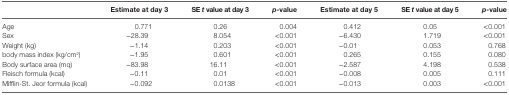
<table><thead><tr><td></td><td><b>Estimate at day 3</b></td><td><b>SE<i>t</i> value at day 3</b></td><td><b><i>p</i>-value</b></td><td><b>Estimate at day 5</b></td><td><b>SE <i>t</i> value at day 5</b></td><td><b><i>p</i>-value</b></td></tr></thead><tbody><tr><td>Age</td><td>0.771</td><td>0.26</td><td>0.004</td><td>0.412</td><td>0.05</td><td>&lt;0.001</td></tr><tr><td>Sex</td><td>−28.39</td><td>8.054</td><td>&lt;0.001</td><td>−6.430</td><td>1.719</td><td>&lt;0.001</td></tr><tr><td>Weight (kg)</td><td>−1.14</td><td>0.203</td><td>&lt;0.001</td><td>−0.01</td><td>0.053</td><td>0.768</td></tr><tr><td>body mass index (kg/cm<sup>2</sup>)</td><td>−1.95</td><td>0.601</td><td>&lt;0.001</td><td>0.265</td><td>0.155</td><td>0.080</td></tr><tr><td>Body surface area (mq)</td><td>−83.98</td><td>16.11</td><td>&lt;0.001</td><td>−2.587</td><td>4.198</td><td>0.538</td></tr><tr><td>Fleisch formula (kcal)</td><td>−0.11</td><td>0.01</td><td>&lt;0.001</td><td>−0.008</td><td>0.005</td><td>0.111</td></tr><tr><td>Mifflin-St. Jeor formula (kcal)</td><td>−0.092</td><td>0.0138</td><td>&lt;0.001</td><td>−0.013</td><td>0.003</td><td>&lt;0.001</td></tr></tbody></table>